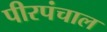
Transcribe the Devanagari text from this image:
पीरपंचाल